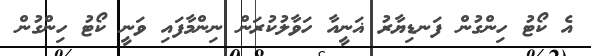
އެ ކޯޓު ހިންގުން ފަނޑިޔާރު ޣަނީއާ ހަވާލުކުރަން ނިންމާފައި ވަނީ ކޯޓު ހިންގުން